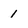
Character: 1